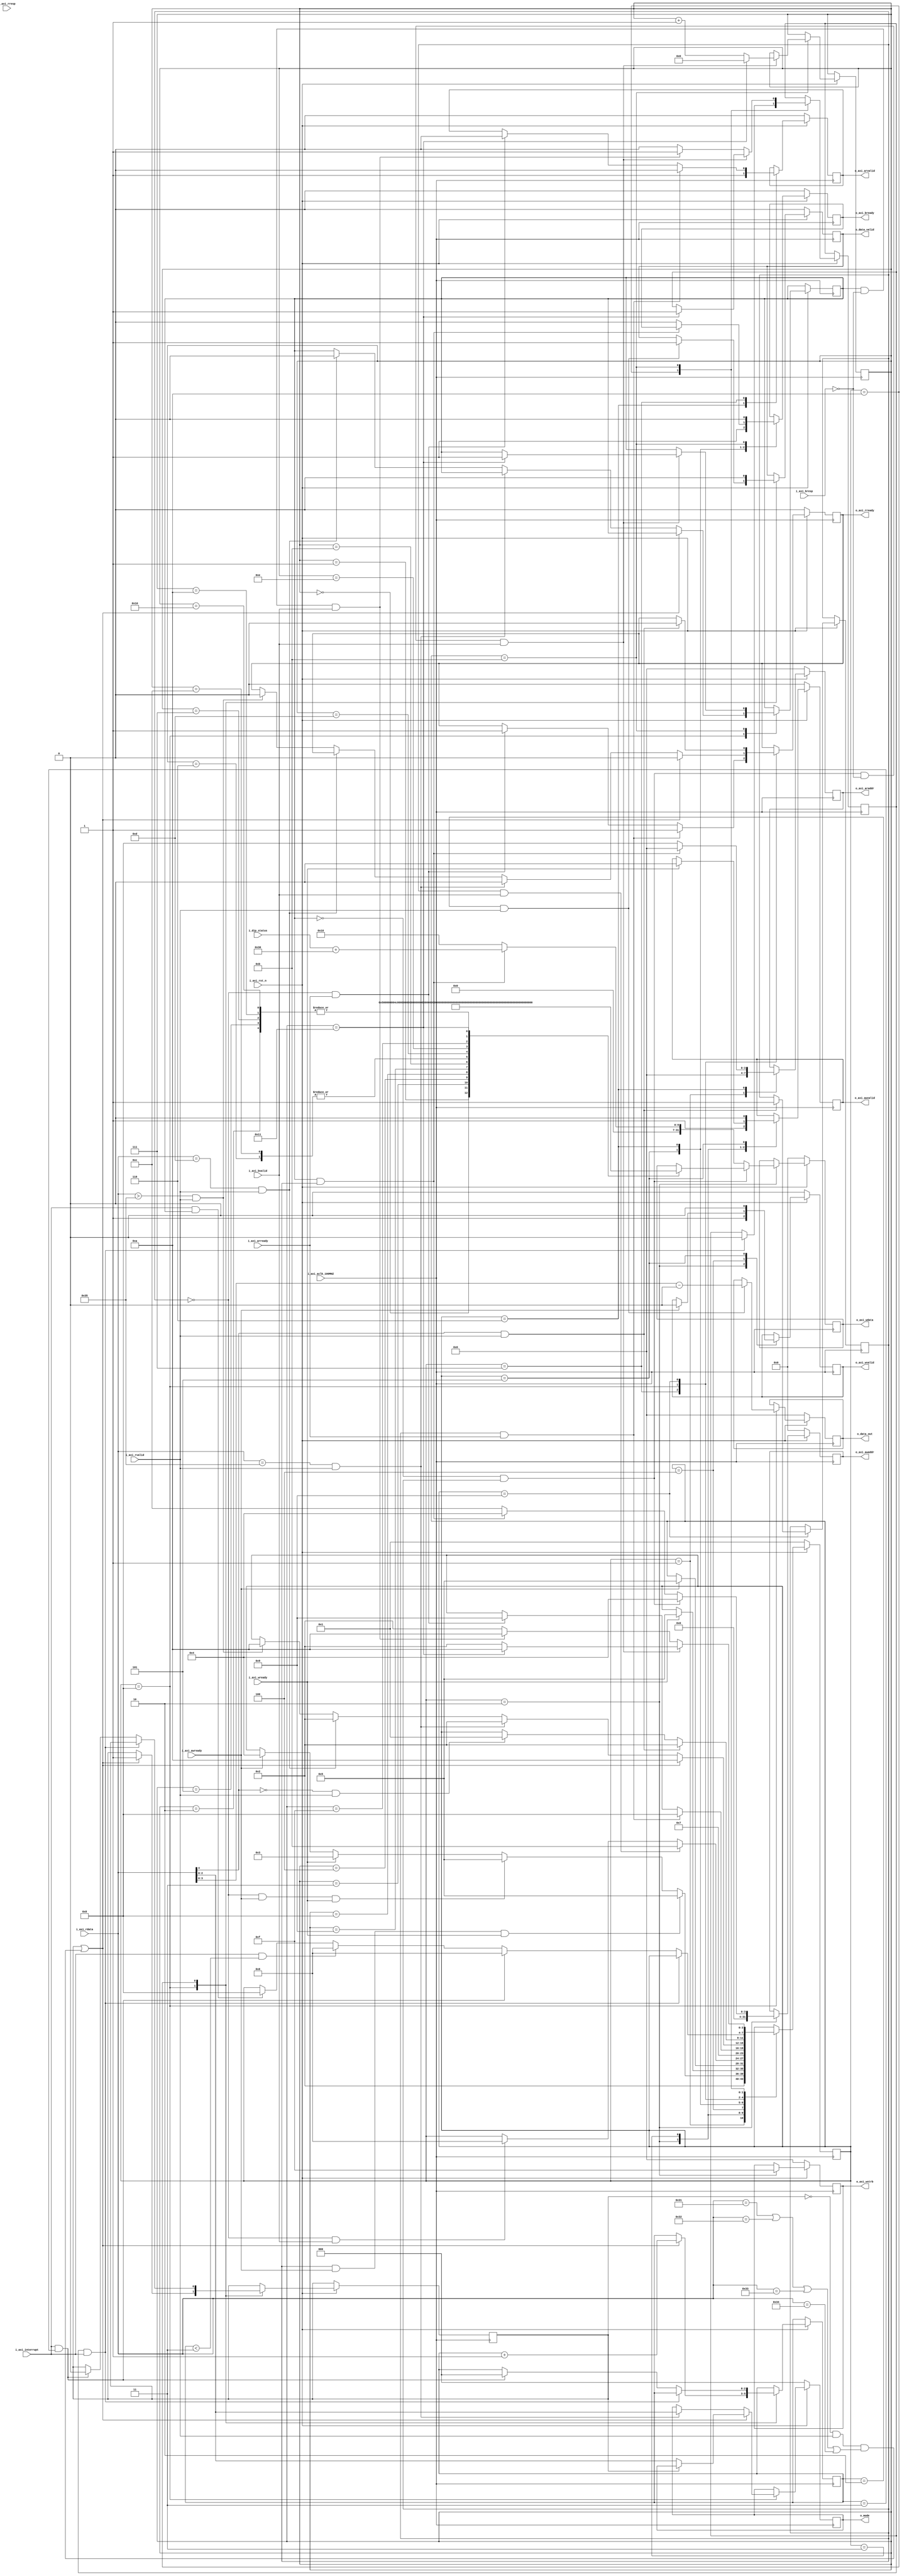
//////////////////////////////////////////////////////////////////////////////////
// Company: 
// 
// Design Name: AXI Lite Master
// Module Name: axi_lite_master
// Project Name: UART_LED_Controller_PLD
// Target Devices: Artix 7 Evaluation Board
// Tool Versions: Xilinx 2023.1
//////////////////////////////////////////////////////////////////////////////////

module axi_lite_master(
   //Global signals
   input            	i_axi_aclk_100MHZ,
   input            	i_axi_rst_n,
   input 				i_axi_interrupt,
   //DIP Switch input
   input [3:0]			i_dip_status,
   //read address channel
   input            	i_axi_arready,
   output reg [3:0] 	o_axi_araddr,
   output reg       	o_axi_arvalid,
   //Read data channels
   input [31:0]       	i_axi_rdata,
   input              	i_axi_rvalid,
   input [1:0]        	i_axi_rresp,
   output reg      	  	o_axi_rready,
   //write address channel
   input           		i_axi_awready,
   output reg [31:0]	o_axi_awaddr,
   output reg         	o_axi_awvalid,
   //write data channel
   output reg [31:0]  	o_axi_wdata,
   output reg [3:0]    	o_axi_wstrb,
   output reg           o_axi_wvalid,
   input            	i_axi_wready,
   //write response channel
   input            	i_axi_bvalid,
   input[1:0]       	i_axi_bresp,
   output reg          	o_axi_bready,
   //output signals	
   output reg [2:0] 	o_mode,
   output reg [3:0] 	o_data_out,
   output reg 			o_data_valid
);

reg [135:0] str				= "PLEASE ENTER MODE";
reg [7:0]	str_enter		= 8'ha;
reg [7:0] char_counter		= 0;
reg		  initiaiise_flag	= 0;

//Flags
reg [3:0] axi_master_state;
reg 	  setup             = 0;
reg 	  led_flag			= 0;
reg [2:0] counter			= 3'd0;
reg 	  done_write		= 0;

 

// States of FSM
parameter IDLE              = 4'd1;
parameter PLACE_ADDR_DATA   = 4'd2;
parameter CHECK_AWREADY     = 4'd3;
parameter CHECK_WREADY      = 4'd4;
parameter SET_BREADY        = 4'd5;
parameter PLACE_READ_ADDR   = 4'd6;
parameter CHECK_ARREADY     = 4'd7;
parameter READ_DECODE       = 4'd8;
parameter CHECK_STATUS_REG  = 4'd9;
parameter WAIT_READ_INTR    = 4'd10;
parameter CHECK_BRESP       = 4'd11;


// FSM States Description and driving conditions
always @(posedge i_axi_aclk_100MHZ)
	begin
		if(i_axi_rst_n == 0)
		begin
			axi_master_state 	<= 	IDLE;
			o_mode			= 	2'b00;
			o_data_out		= 	4'b0000;
			o_axi_awaddr	= 	32'h0;
			o_axi_awvalid	=	0;
			o_axi_wdata		=	32'h0;
			o_axi_wstrb		=	4'd0;
			o_axi_bready	=	0;
			o_axi_araddr	=	32'h0;
			o_data_valid	=	0;
			o_axi_rready	=	0;
			o_axi_arvalid	=	0;
			o_axi_wvalid	=	0;
		end
		else
		begin
			case(axi_master_state)
				IDLE				:	begin
											//Initialising values to write into control register
											o_axi_araddr				<=	32'h00;
											axi_master_state 			<= PLACE_ADDR_DATA;
										end
				PLACE_ADDR_DATA 	:	begin
											o_axi_awvalid				<= 	1;
											o_axi_wvalid				<=	1;
											if(!initiaiise_flag && setup)
											begin
												o_axi_awaddr 			<= 	32'h04;
												case(char_counter)
												8'd0 	: o_axi_wdata 	<= str [ 135 : 128 ];
												8'd1 	: o_axi_wdata 	<= str [ 127 : 120 ];
												8'd2 	: o_axi_wdata 	<= str [ 119 : 112 ];
												8'd3 	: o_axi_wdata 	<= str [ 111 : 104 ];
												8'd4 	: o_axi_wdata 	<= str [ 103 : 96 ];
												8'd5 	: o_axi_wdata 	<= str [ 95 : 88 ];
												8'd6 	: o_axi_wdata 	<= str [ 87 : 80 ];
												8'd7 	: o_axi_wdata 	<= str [ 79 : 72 ];
												8'd8 	: o_axi_wdata 	<= str [ 71 : 64 ];
												8'd9 	: o_axi_wdata 	<= str [ 63 : 56 ];
												8'd10 	: o_axi_wdata 	<= str [ 55 : 48 ];
												8'd11 	: o_axi_wdata 	<= str [ 47 : 40 ];
												8'd12 	: o_axi_wdata 	<= str [ 39 : 32 ];
												8'd13 	: o_axi_wdata 	<= str [ 31 : 24 ];
												8'd14 	: o_axi_wdata 	<= str [ 23 : 16 ];
												8'd15 	: o_axi_wdata 	<= str [ 15 : 8 ];
												8'd16 	: o_axi_wdata 	<= str [ 7 : 0 ];	
												8'd17 	: o_axi_wdata 	<= str_enter[7:0];												
												endcase
											end
												//Mode 5 write
											else if(initiaiise_flag && setup) begin
												o_axi_awaddr 			<= 	32'h04;
												o_axi_wdata				<=	i_dip_status + 'h30;
											end
											else begin
												o_axi_awaddr 			<= 	32'h0c;			
												o_axi_wdata				<=	32'h10;
											end
											o_axi_wstrb					<=	4'b1111;
											
											// Placing dipswitch data in transmitter FIFO
											if(setup && i_axi_awready && i_axi_wready)
												begin
												axi_master_state		<=	SET_BREADY;
												end
											else if((!setup) && i_axi_awready && i_axi_wready)
											
											//Initialising the communication
												begin
												axi_master_state		<=	SET_BREADY;
												end
											else if	(i_axi_wready)
												axi_master_state		<=	CHECK_AWREADY;
											else if(i_axi_awready)
												axi_master_state		<=	CHECK_WREADY;
											else axi_master_state 		<= axi_master_state;
										end
				CHECK_AWREADY		:	begin
											if(i_axi_wready)
											begin
												axi_master_state		<=	SET_BREADY;
												o_axi_awvalid			<=	1'b0;
											end
											else axi_master_state 		<= axi_master_state;
										end
				CHECK_WREADY		:	begin
											if(i_axi_awready)
											begin
												axi_master_state		<=	SET_BREADY;
												o_axi_wvalid			<=	1'b0;
											end
											else axi_master_state 		<= axi_master_state;
										end
				SET_BREADY			:	begin
											o_axi_bready 				<= 	1'b1;
											o_axi_awvalid				<=	1'b0;
											o_axi_wvalid				<=	1'b0;
											if(setup && i_axi_bvalid)
												//Write mode - 5 (DIP Switch)
												begin
												axi_master_state 		<= 	CHECK_BRESP;
												end
											else if ((!setup) && i_axi_bvalid)
												begin
												//Read Status register process
													axi_master_state	<=	PLACE_READ_ADDR;
												end
											else axi_master_state 		<= axi_master_state;
										end
				PLACE_READ_ADDR		:	begin
										if(setup && initiaiise_flag)
											begin
												o_axi_araddr			<=	32'h0;//RX_FIFO address
												o_axi_arvalid			<= 	1'b1;
												axi_master_state		<=	CHECK_ARREADY;
											end
										else
											begin
											//Read Status register process
												o_axi_araddr			<=	32'h08;//STAT_REG Address
												o_axi_arvalid			<= 1'b1;
												o_axi_bready			<= 0;
												axi_master_state		<=	CHECK_ARREADY;
											end
										end
				CHECK_ARREADY		:	begin
											if(setup && i_axi_arready) //&& o_axi_arvalid)
												begin
												axi_master_state		<=	READ_DECODE;
												o_axi_arvalid			<=	1'b0;
												o_axi_rready			<=	1;
												end
											else if((!setup) && i_axi_arready) // && o_axi_arvalid)
												//On start setup flow
												begin
												axi_master_state		<=	CHECK_STATUS_REG;
												o_axi_arvalid			<=	1'b0;
												o_axi_rready			<=	1;
												end
											else axi_master_state 		<= axi_master_state;
										end

				READ_DECODE			:	begin
                       //ASCII hex values of 1,2,3,4
											if((led_flag) || ((!led_flag) && i_axi_rvalid && (i_axi_rdata == 32'h31 || i_axi_rdata == 32'h32 || i_axi_rdata == 32'h33 || i_axi_rdata == 32'h34)))
												//Modes 1,2,3,4 -> LED controller module
												begin
													if(!led_flag)
													begin
														counter 		<= 0;
														o_mode 			<=	i_axi_rdata[2:0];
													end
													led_flag <= 1'b1;
													counter 			<= 	counter + 1;
													axi_master_state	<=	WAIT_READ_INTR;
													o_axi_rready		<=	0;
												end
											//ASCII hex value of 5
											else if(i_axi_rdata == 32'h35 & i_axi_rvalid)
											//Write mode -> DIP switch status
											begin
												axi_master_state		<=	PLACE_ADDR_DATA;
												o_mode 					<=	i_axi_rdata[2:0];
												o_axi_rready			<=	0;
											end
											else if(i_axi_rdata == 32'hd && i_axi_rvalid )
											begin
												axi_master_state		<=	PLACE_ADDR_DATA;
												initiaiise_flag			<=	0;
											end
											else if(i_axi_rdata > 32'h35 & i_axi_rvalid)
												//Requires new input
												begin
												axi_master_state		<=	WAIT_READ_INTR;
												o_axi_rready	<=	0;
												end
											else axi_master_state 		<= axi_master_state;


										if(counter == 'd2 && i_axi_rvalid)
												begin
													o_data_out			<=	i_axi_rdata[3:0] - 'h30;
													o_data_valid		<=	1;
												end
										end
				CHECK_STATUS_REG	:	begin
											if(i_axi_rdata[4] == 1 && i_axi_rvalid)
											begin
												setup					<=	1;
												axi_master_state		<=	PLACE_ADDR_DATA;
												o_axi_rready			<=  1'b0;
											end
											else if(i_axi_rdata[4] != 1 && i_axi_rvalid)
												axi_master_state		<=	IDLE;
											else axi_master_state		<=	axi_master_state;
										end
				WAIT_READ_INTR		:	begin
											o_data_valid				<=	0;
											if(done_write && i_axi_interrupt)
											begin
												axi_master_state   		<= axi_master_state;
												done_write				<=	1'b0;
											end
											else if(i_axi_interrupt && counter == 3'd3)
											// Mode(space)Data inputs completed
											begin
												led_flag				<=	0;
												counter					<=	0;
												axi_master_state		<=	PLACE_READ_ADDR;
											end
											else if(i_axi_interrupt && (counter < 3'd3)																	)
											//Data collection after mode select
												axi_master_state		<=	PLACE_READ_ADDR;
											else if (i_axi_interrupt && initiaiise_flag)
											axi_master_state 			<= READ_DECODE; 
										else
											axi_master_state   <= axi_master_state;
										end
				CHECK_BRESP			:	begin
                                        if(!initiaiise_flag && setup && i_axi_bresp == 2'b00 && i_axi_bvalid)
										begin
											char_counter				<=	char_counter + 1;
											o_axi_bready				<= 	0;

											if(char_counter == 17)
												begin
												initiaiise_flag			<= 	1;
												char_counter			<=	0;
												done_write				<=	1'b1;
                                                o_axi_bready			<= 0;
												axi_master_state		<=	WAIT_READ_INTR;
												end
											else
												axi_master_state		<=	PLACE_ADDR_DATA;
										end

										else if(initiaiise_flag && i_axi_bresp == 2'b00 && i_axi_bvalid)
										begin
											done_write					<=	1'b1;
											o_axi_bready				<= 0;
											axi_master_state			<=	WAIT_READ_INTR;
										end
										else
										begin
											done_write					<=	1'b0;
											o_axi_bready	        	<= 0;
											axi_master_state			<=	PLACE_ADDR_DATA;
										end
										end
			endcase
		end
	end
endmodule